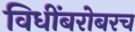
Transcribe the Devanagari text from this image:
विधींबरोबरच